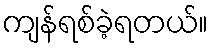
ကျန်ရစ်ခဲ့ရတယ်။